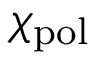
\chi _ { \mathrm { p o l } }